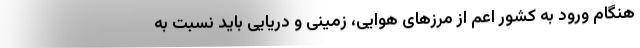
هنگام ورود به کشور اعم از مرزهای هوایی، زمینی و دریایی باید نسبت به